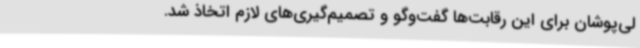
لی‌پوشان برای این رقابت‌ها گفت‌وگو و تصمیم‌گیری‌های لازم اتخاذ شد.